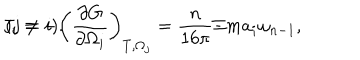
LaTeX: J _ { i } = - \left( \frac { \partial G } { \partial \Omega _ { i } } \right) _ { T , \Omega _ { j } } = \frac n { 1 6 \pi } \Xi m a _ { i } \omega _ { n - 1 } , \hspace { 1 . 0 c m } ( j \neq i ) .